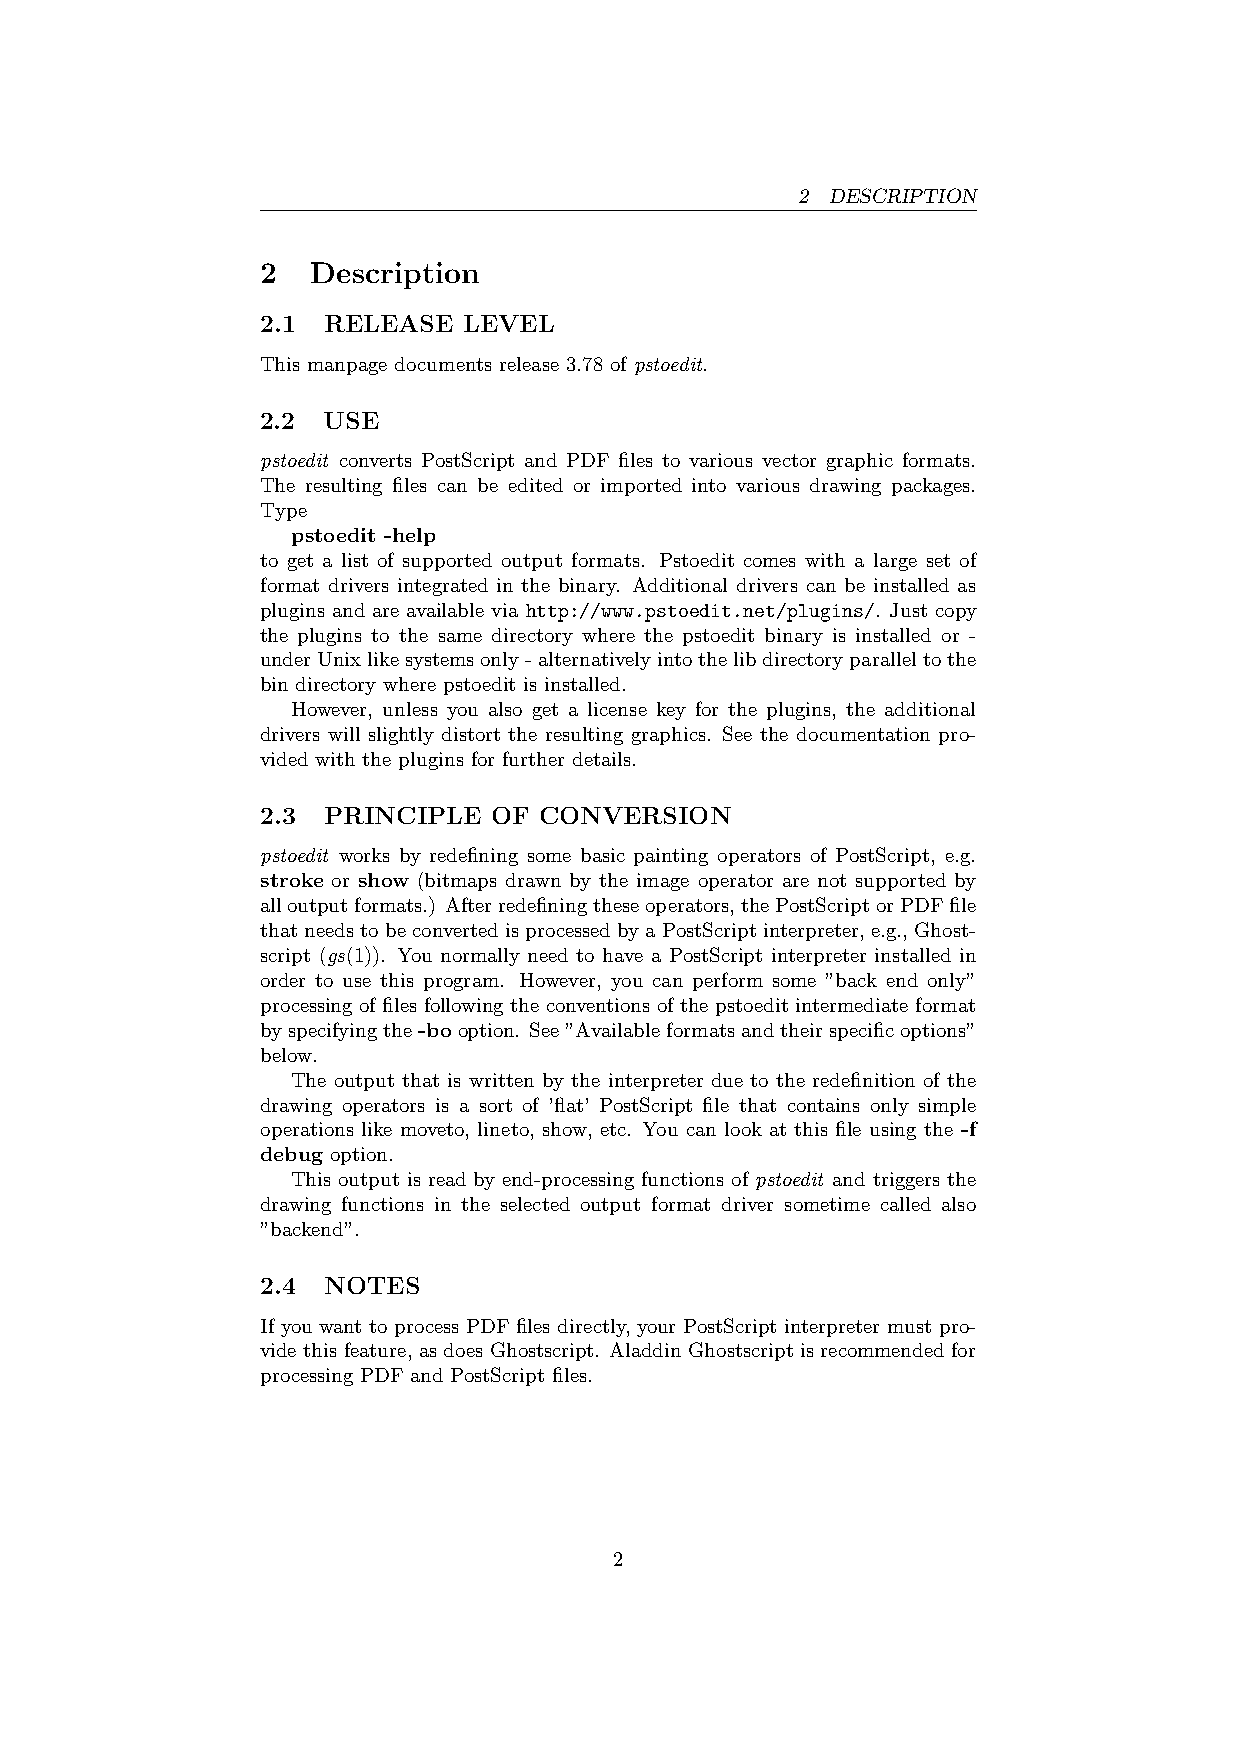
2 DESCRIPTION
 2   Description
 2.1 RELEASE   LEVEL
 This manpage documents release 3.78 of pstoedit.
 2.2 USE
 pstoedit converts PostScript and PDF files to various vector graphic formats.
 The resulting files can be edited or imported into various drawing packages.
 Type
 pstoedit -help
 to get a list of supported output formats. Pstoedit comes with a large set of
 format drivers integrated in the binary. Additional drivers can be installed as
 plugins and are available via http://www.pstoedit.net/plugins/. Just copy
 the plugins to the same directory where the pstoedit binary is installed or -
 underUnixlikesystemsonly-alternativelyintothelibdirectoryparalleltothe
 bin directory where pstoedit is installed.
 However, unless you also get a license key for the plugins, the additional
 drivers will slightly distort the resulting graphics. See the documentation pro-
 vided with the plugins for further details.
 2.3 PRINCIPLE  OF  CONVERSION
 pstoedit works by redefining some basic painting operators of PostScript, e.g.
 stroke or show (bitmaps drawn by the image operator are not supported by
 alloutputformats.) Afterredefiningtheseoperators,thePostScriptorPDFfile
 thatneedstobeconvertedisprocessedbyaPostScriptinterpreter, e.g., Ghost-
 script (gs(1)). You normally need to have a PostScript interpreter installed in
 order to use this program. However, you can perform some ”back end only”
 processing of files following the conventions of the pstoedit intermediate format
 byspecifyingthe-booption. See”Availableformatsandtheirspecificoptions”
 below.
 The output that is written by the interpreter due to the redefinition of the
 drawing operators is a sort of ’flat’ PostScript file that contains only simple
 operations like moveto, lineto, show, etc. You can look at this file using the -f
 debug option.
 This output is read by end-processing functions of pstoedit and triggers the
 drawing functions in the selected output format driver sometime called also
 ”backend”.
 2.4 NOTES
 If you want to process PDF files directly, your PostScript interpreter must pro-
 vide this feature, as does Ghostscript. Aladdin Ghostscript is recommended for
 processing PDF and PostScript files.
 2